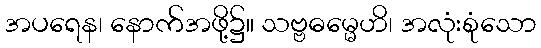
အပရေန၊ နောက်အဖို့၌။ သဗ္ဗဓမ္မေဟိ၊ အလုံးစုံသော